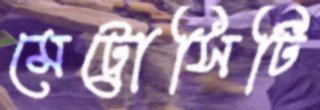
মেট্রোসিটি